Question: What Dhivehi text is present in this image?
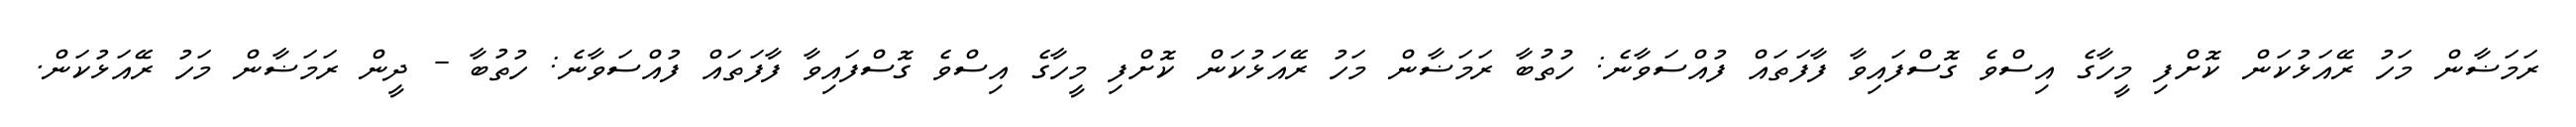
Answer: ރަމަޟާން މަހު ރޭއަޅުކަން ކޮށްފި މީހާގެ އިސްވެ ގޮސްފައިވާ ފާފަތައް ފުއްސަވާނެ: ހުތުބާ ރަމަޟާން މަހު ރޭއަޅުކަން ކޮށްފި މީހާގެ އިސްވެ ގޮސްފައިވާ ފާފަތައް ފުއްސަވާނެ: ހުތުބާ - ދީން ރަމަޟާން މަހު ރޭއަޅުކަން.